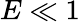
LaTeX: E\ll 1